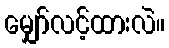
မျှော်လင့်ထားလဲ။